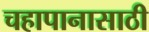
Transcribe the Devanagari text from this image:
चहापानासाठी